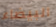
البيضاء